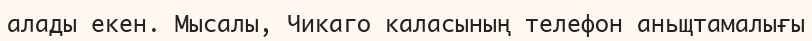
алады екен. Мысалы, Чикаго каласының телефон аньщтамалығы